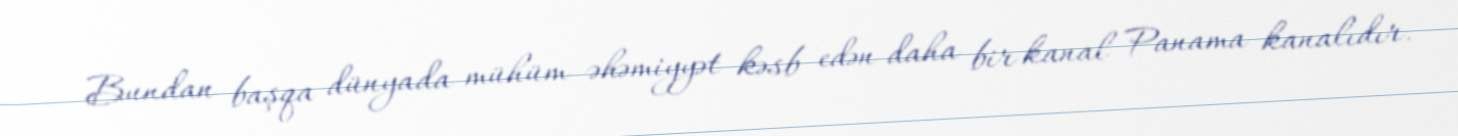
Bundan başqa dünyada mühüm əhəmiyyət kəsb edən daha bir kanal Panama kanalıdır.